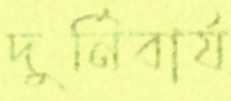
দুর্নিবার্য